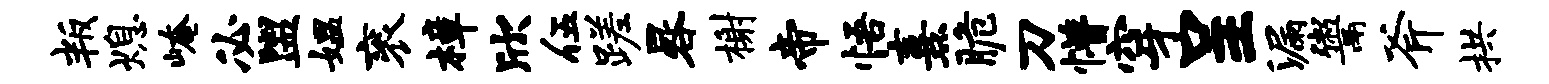
叛熄崦必盥媪衮樟欣伍蹉晷榭帝悟熹脆刀懵穿呈漏鬻斧拱